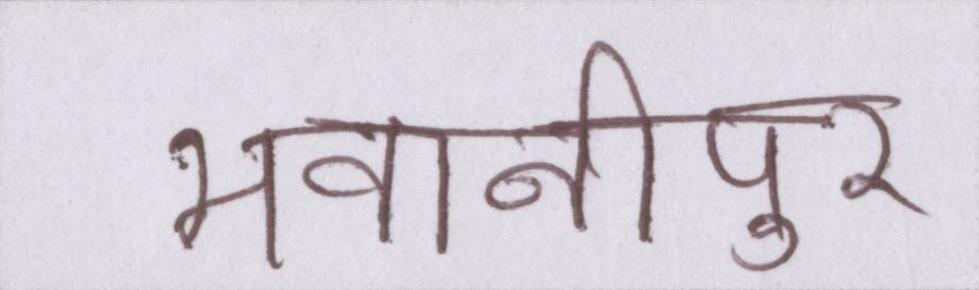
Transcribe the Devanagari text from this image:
भवानीपुर